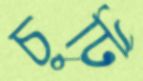
চুটি